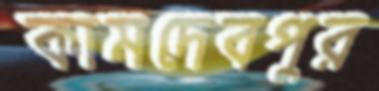
কামদেবপুর